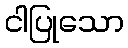
ငါပြုသော